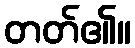
တတ်၏။